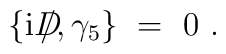
\{{\rm i} D\!\llap{/},\gamma_5\} ~=~ 0 ~.